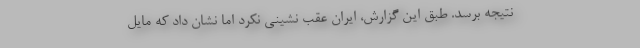
نتیجه برسد. طبق این گزارش، ایران عقب‌ نشینی نکرد اما نشان داد که مایل